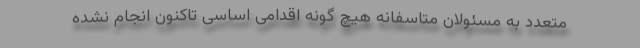
متعدد به مسئولان متاسفانه هیچ گونه اقدامی اساسی تاکنون انجام نشده